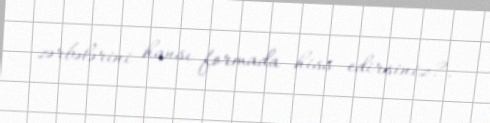
zərbələrini hansı formada hiss edirsiniz?.